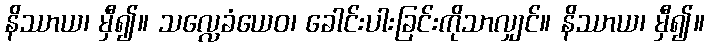
နိဿာယ၊ မှီ၍။ သလ္လေခံယေဝ၊ ခေါင်းပါးခြင်းကိုသာလျှင်။ နိဿာယ၊ မှီ၍။